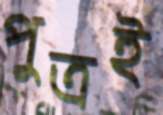
পুত্রই